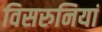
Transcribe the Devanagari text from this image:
विसरुनियां